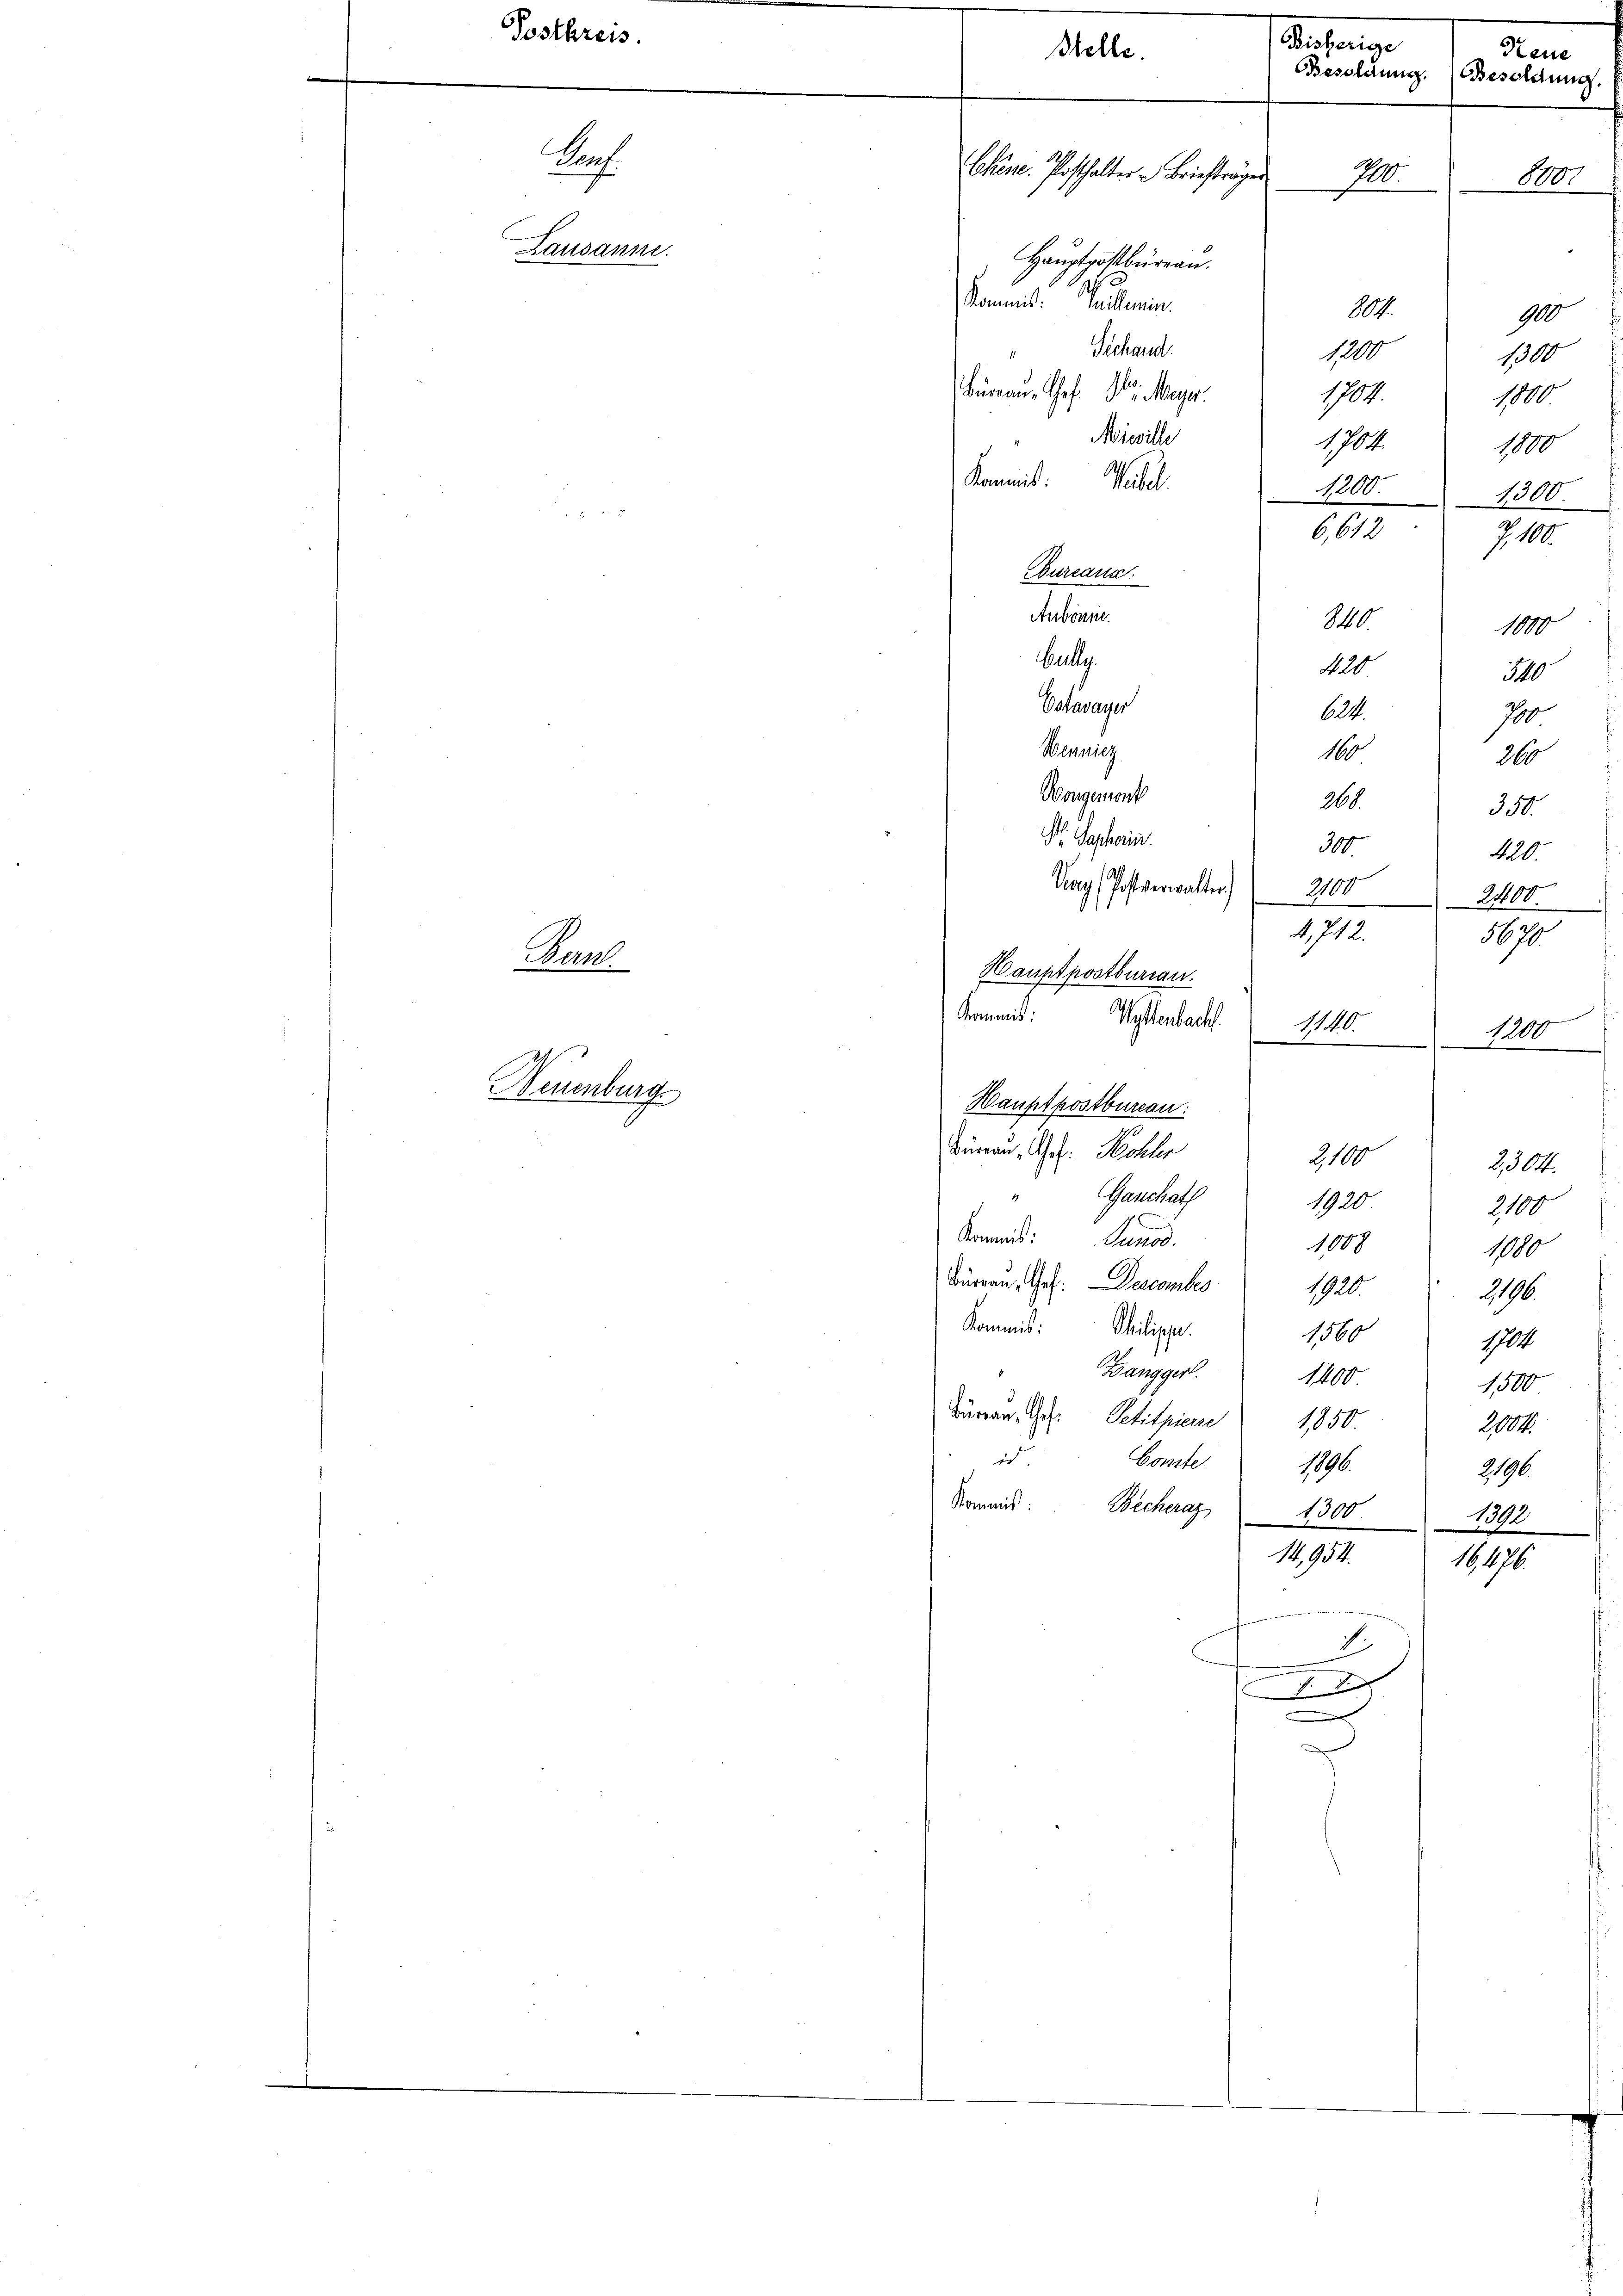
Posthrei

Lausanne

Prof.

Neuenburg

Wah

Chene. Posthalter u Brieftrager
Hauptpostbüreau.
Kommis allenin
" Sechand
Büreau, Chef. Dr. Meyer
Niwille
Kommis: Meilet

Bureaux.
Aubonne.
Bulle
Vatavayer
Mennicz
Wongemont
G. Saphorin
Vag (Postverwalter)   2100 2400
1. 712.
Büreau, Art. Schler
Z100
Ganchat
1920
Sommend: Lands
1008
Bürren, Ges. December
1920
Kommis
Shilippe.
1560
Banggerl
1800
Burren Ges. Petitpiere 1850
id
Comite.
1896.
Kommit: Beckeray 1300

Stelle

Hauptpostbureau.
Gromnis: Wettenbach. 1140
Hauptpostbureau.

Bisherige
Steu
Besoldung. (Besoldung

100

A.
G
1200
10
1789.
100

1701.

S
6,612
S.40
1000
420
M
604
700
160
26
264.
350.
300
10.
1670
in hier
4200

1200.

14,954.
rieren in
d

e
D

1

2100
1000
2196.
1700
1500

2,304.

1de
Z. 10.

1. 1910.

2000

2196.